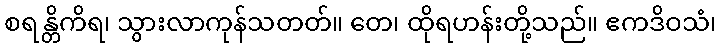
စရန္တိကိရ၊ သွားလာကုန်သတတ်။ တေ၊ ထိုရဟန်းတို့သည်။ ဧကဒိဝသံ၊